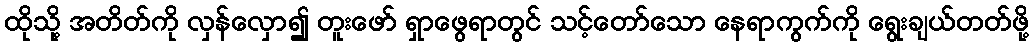
ထိုသို့ အတိတ်ကို လှန်လှော၍ တူးဖော် ရှာဖွေရာတွင် သင့်တော်သော နေရာကွက်ကို ရွေးချယ်တတ်ဖို့